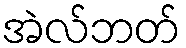
အဲလ်ဘတ်